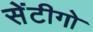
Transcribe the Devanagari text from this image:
सेंटीगो